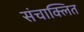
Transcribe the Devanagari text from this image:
संचाक्लित